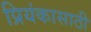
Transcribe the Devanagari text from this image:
प्रियंकासाठी